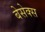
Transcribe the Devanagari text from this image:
बेसेक्स